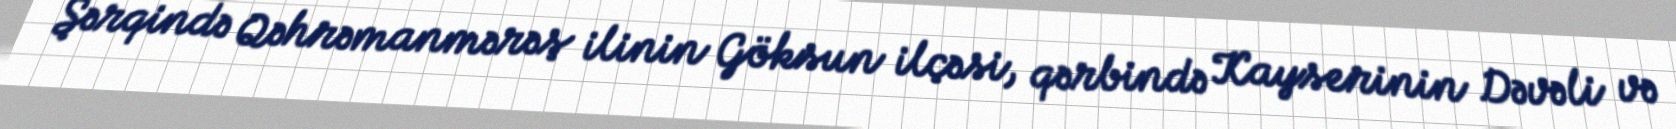
Şərqində Qəhrəmanmərəş ilinin Göksun ilçəsi, qərbində Kayserinin Dəvəli və